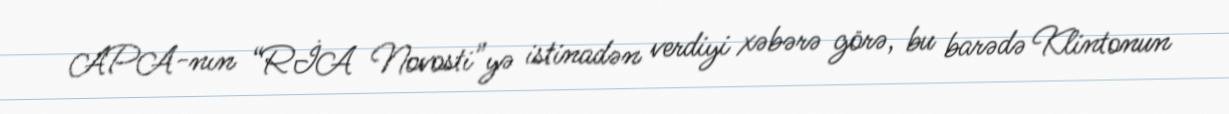
APA-nın “RİA Novosti”yə istinadən verdiyi xəbərə görə, bu barədə Klintonun